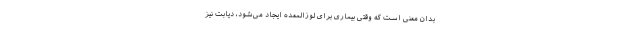
بدان معنی است که وقتی بیماری برای لوزالمعده ایجاد می‌شود، دیابت نیز